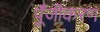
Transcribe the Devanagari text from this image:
पूँजीकरण